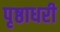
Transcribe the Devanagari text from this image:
पृष्ठाधरी